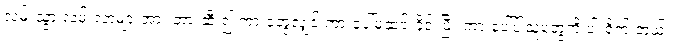
လမ်းသွားလမ်းလာများအား တားဆီး၍ ကားတွေ့လျှင် ကားပေါ်မှဆင်းခိုင်းပြီး ကားပေါ်ပါသူတွေကို ပါးရိုက် တယ်။